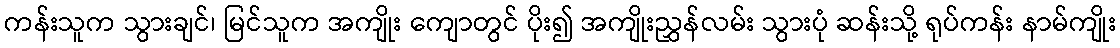
ကန်းသူက သွားချင်၊ မြင်သူက အကျိုး ကျောတွင် ပိုး၍ အကျိုးညွှန်လမ်း သွားပုံ ဆန်းသို့ ရုပ်ကန်း နာမ်ကျိုး